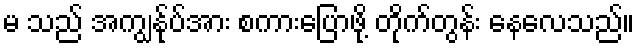
မ သည် အကျွန်ုပ်အား စကားပြောဖို့ တိုက်တွန်း နေလေသည်။